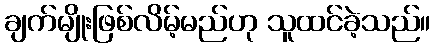
ချက်မျိုးဖြစ်လိမ့်မည်ဟု သူထင်ခဲ့သည်။